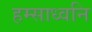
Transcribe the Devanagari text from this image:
हम्साध्वनि